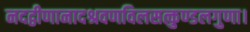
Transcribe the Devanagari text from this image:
नदद्वीणानादश्रवणविलसत्कुण्डलगुणा।